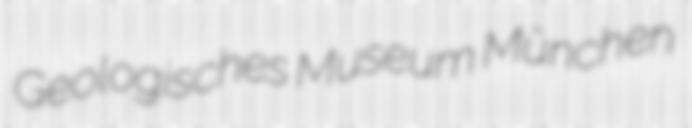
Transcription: Geologisches Museum München